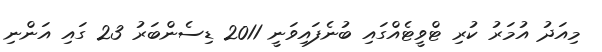
މިއަދު އުމަރު ކުރި ޓްވީޓެއްގައި ބުނެފައިވަނީ 2011 ޑިސެންބަރު 23 ގައި އަންނި